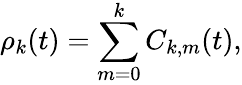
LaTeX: \rho_{k}(t)=\sum_{m=0}^{k}C_{k,m}(t),